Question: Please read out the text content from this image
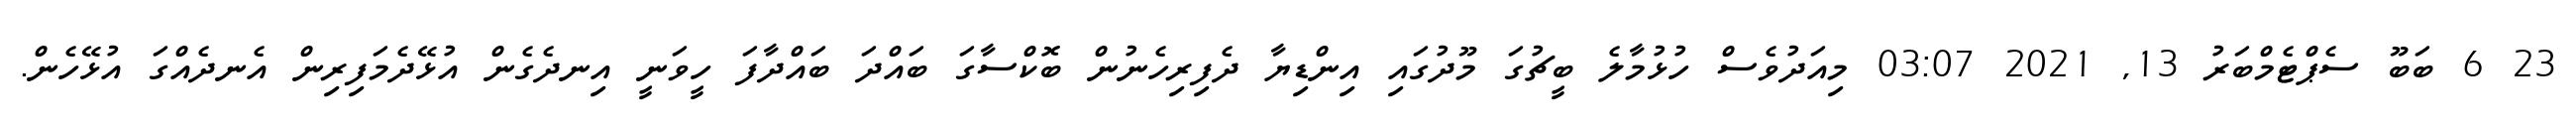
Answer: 23 6 ބަބޫ ސެޕްޓެމްބަރު 13, 2021 03:07 މިއަދުވެސް ހުޅުމާލެ ބީޗުގަ މޫދުގައި އިންޑިޔާ ދެފިރިހެނުން ބޮކްސާގަ ބައްދަ ބައްދާފަ ހީވަނީ އިނދެގެން އުޅޭދެމަފިރިން އެނދެއްގަ އުޅޭހެން.